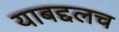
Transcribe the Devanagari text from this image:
याबद्दलच